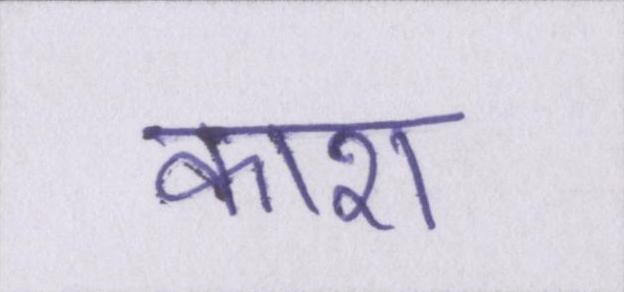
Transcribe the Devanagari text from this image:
काश